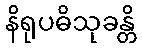
နိရုပဓိသုခန္တိ